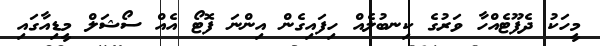
މީހަކު ދެފޫޓެއްހާ ވަރުގެ ކިނބުލެއް ހިފައިގެން އިންނަ ފޮޓޯ އެއް ސޯޝަލް މީޑިއާގައި